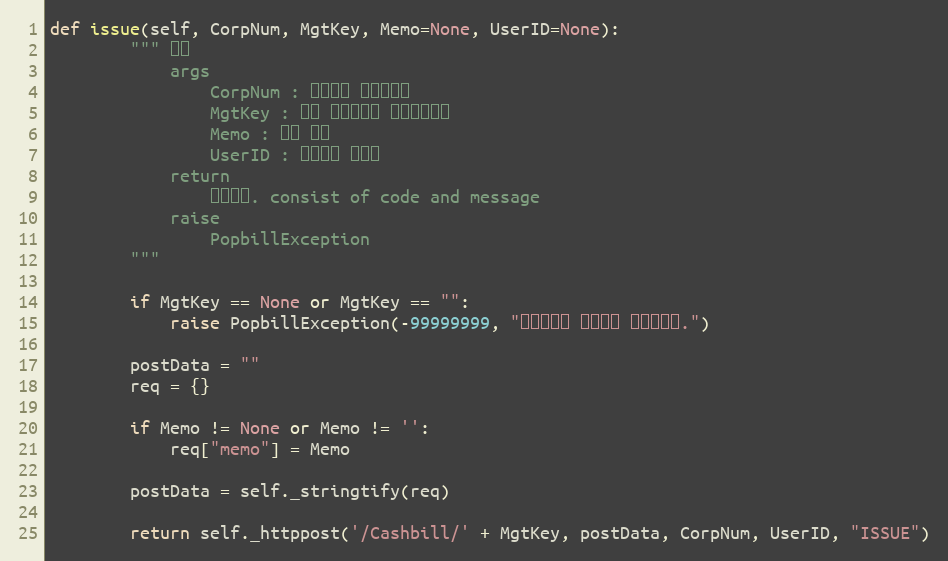
Language: Python
def issue(self, CorpNum, MgtKey, Memo=None, UserID=None):
        """ 발행
            args
                CorpNum : 팝빌회원 사업자번호
                MgtKey : 원본 현금영수증 문서관리번호
                Memo : 발행 메모
                UserID : 팝빌회원 아이디
            return
                처리결과. consist of code and message
            raise
                PopbillException
        """

        if MgtKey == None or MgtKey == "":
            raise PopbillException(-99999999, "관리번호가 입력되지 않았습니다.")

        postData = ""
        req = {}

        if Memo != None or Memo != '':
            req["memo"] = Memo

        postData = self._stringtify(req)

        return self._httppost('/Cashbill/' + MgtKey, postData, CorpNum, UserID, "ISSUE")